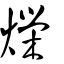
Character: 爃